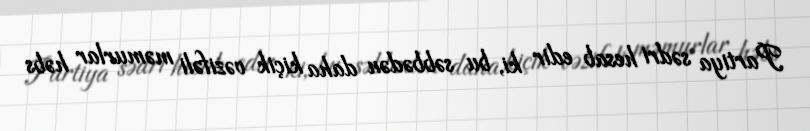
Partiya sədri hesab edir ki, bu səbbədən daha kiçik vəzifəli məmurlar həbs